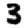
Digit: 3